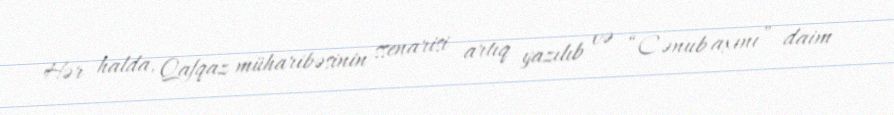
Hər halda, Qafqaz müharibəsinin ssenarisi artıq yazılıb və “Cənub axını” daim